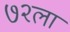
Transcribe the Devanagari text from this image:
७२ला